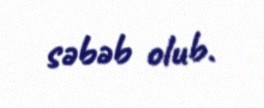
səbəb olub.